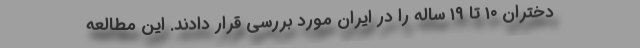
دختران ۱۰ تا ۱۹ ساله را در ایران مورد بررسی قرار دادند. این مطالعه